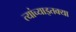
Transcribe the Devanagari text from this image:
त्यांच्याइतक्या